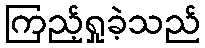
ကြည့်ရှုခဲ့သည်